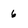
Character: 6